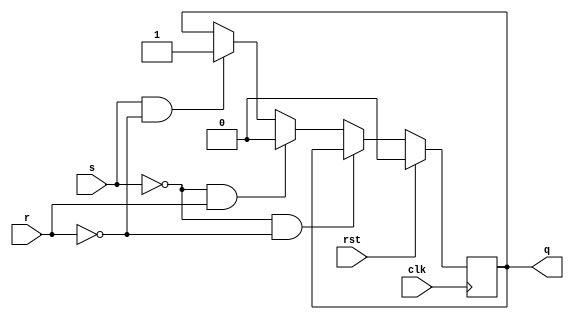
module srflipflop(q,clk,rst,s, r);
	output reg q;
	input clk, rst;
	input s;
	input r;

	always @(posedge clk)
	begin
		if (rst == 1) begin
			q = 0;
			end
		else begin
			if(s==0 && r==0)
				q = q;
			else if(s==0 && r==1)
				q=0;
			else if(s==1 && r==0)
				q=1;
		end
	end
endmodule